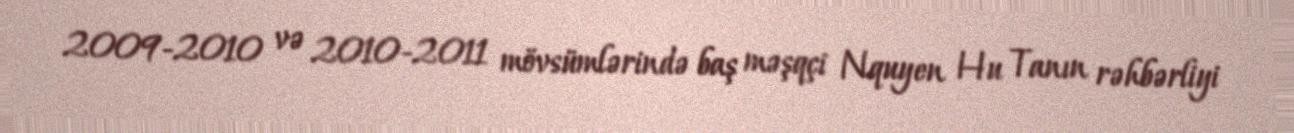
2009-2010 və 2010-2011 mövsümlərində baş məşqçi Nquyen Hu Tanın rəhbərliyi